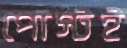
পোস্টই